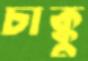
চাক্কু